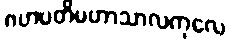
ဂဟပတိမဟာသာလကုလေ